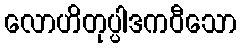
လောဟိတုပ္ပါဒကဝီသော